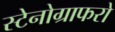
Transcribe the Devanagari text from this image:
स्टेनोग्राफरो